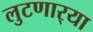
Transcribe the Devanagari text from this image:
लुटणार्‍या